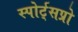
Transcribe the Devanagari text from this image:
स्पोर्ट्‌सप्रो